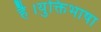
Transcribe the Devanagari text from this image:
है।युक्तिभाषा